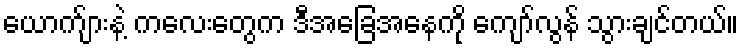
ယောက်ျားနဲ့ ကလေးတွေက ဒီအခြေအနေကို ကျော်လွန် သွားချင်တယ်။